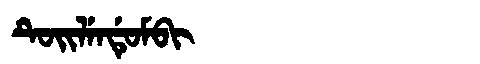
Manchu: ᡨᡠᡳᠯᡝᠨᡩᡠᠮᠪᡳ
Romanization: TUILENDUMBI